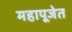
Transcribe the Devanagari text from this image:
महापूजेत